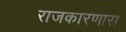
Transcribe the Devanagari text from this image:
राजकारणारा